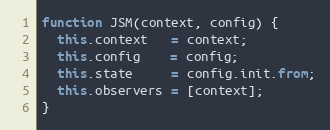
Language: JavaScript
function JSM(context, config) {
  this.context   = context;
  this.config    = config;
  this.state     = config.init.from;
  this.observers = [context];
}